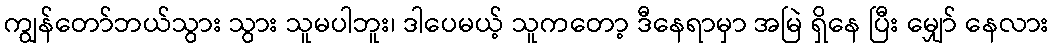
ကျွန်တော်ဘယ်သွား သွား သူမပါဘူး၊ ဒါပေမယ့် သူကတော့ ဒီနေရာမှာ အမြဲ ရှိနေ ပြီး မျှော် နေလား